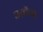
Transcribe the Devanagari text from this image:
अवैक